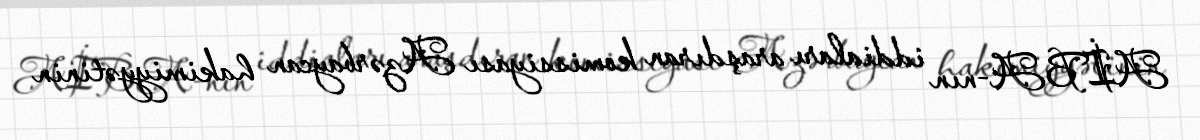
AİBA-nın iddiaları araşdıran komissiyası Azərbaycan hakimiyyətinin